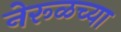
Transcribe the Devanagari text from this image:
नेरूळच्या